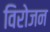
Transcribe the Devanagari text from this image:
विरोजन